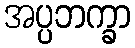
အပ္ပဘက္ခာ